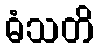
ဓံသတိ